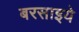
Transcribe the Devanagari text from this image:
बरसाइये